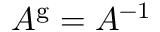
A ^ { \mathrm { g } } = A ^ { - 1 }